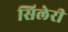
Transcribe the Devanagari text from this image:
सिलेरी